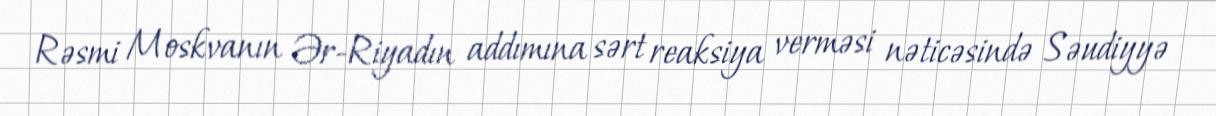
Rəsmi Moskvanın Ər-Riyadın addımına sərt reaksiya verməsi nəticəsində Səudiyyə